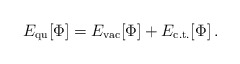
\begin{align*}E_{\rm qu}[\Phi]=E_{\rm vac}[\Phi]+E_{\rm c.t.}[\Phi]\, .\end{align*}